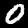
Label: 0